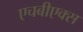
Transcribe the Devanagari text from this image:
एचबीएक्स